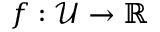
f : \mathcal { U } \to \mathbb { R }